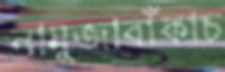
নামুজাবাঁকাচ